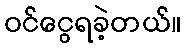
ဝင်ငွေရခဲ့တယ်။